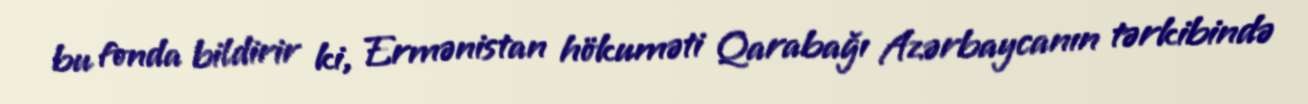
bu fonda bildirir ki, Ermənistan hökuməti Qarabağı Azərbaycanın tərkibində